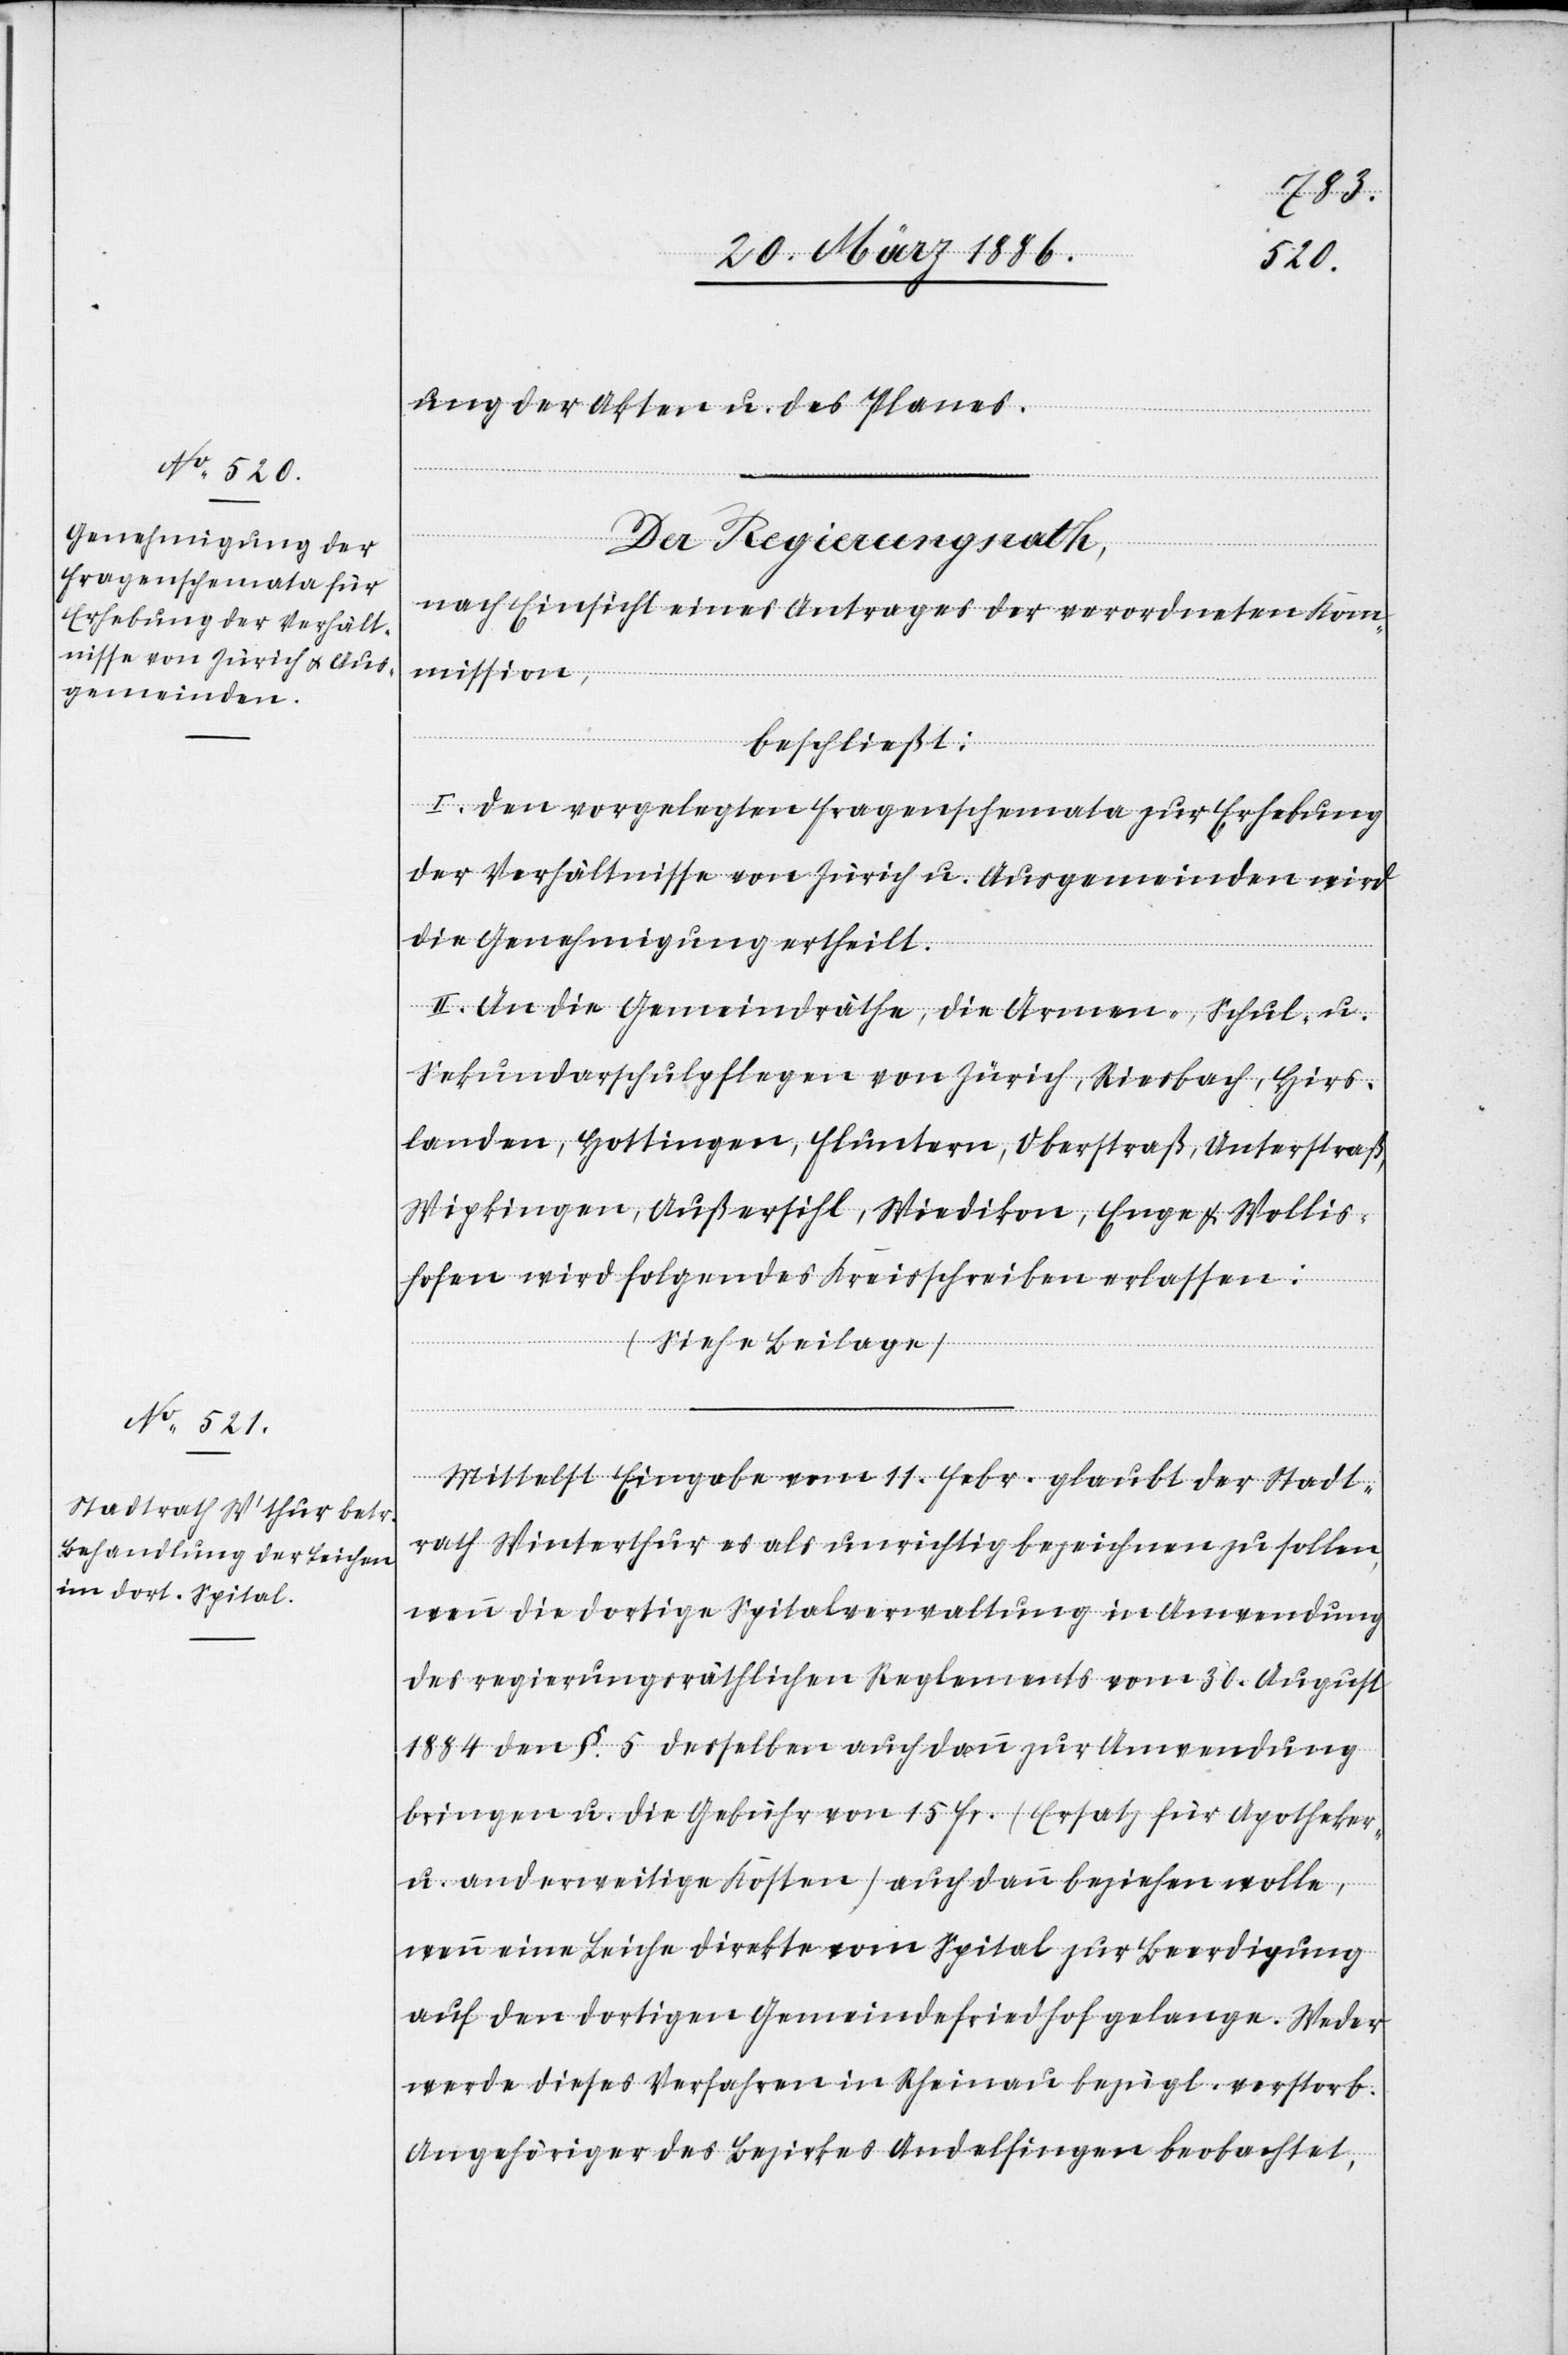
ung der Akten u. des Planes.
Der Regierungsrath,
nach Einsicht eines Antrages der verordneten Kom¬
mission,
beschließt:
I. Den vorgelegten Fragenschemata zur Erhebung
der Verhältnisse von Zürich u. Ausgemeinden wird
die Genehmigung ertheilt.
II. An die Gemeindräthe, die Armen-, Schul- u.
Sekundarschulpflegen von Zürich, Riesbach, Hirs¬
landen, Hottingen, Fluntern, Oberstraß, Unterstraß,
Wipkingen, Außersihl, Wiedikon, Enge & Wollis¬
hofen wird folgendes Kreisschreiben erlassen:
(Siehe Beilage)
Mittelst Eingabe vom 11. Febr. glaubt der Stadt¬
rath Winterthur es als unrichtig bezeichnen zu sollen,
wenn die dortige Spitalverwaltung in Anwendung
des regierungsräthlichen Reglements vom 30. August
1884 den §. 5 desselben auch dann zur Anwendung
bringen u. die Gebühr von 15 Fr. (Ersatz für Apotheker-
u. anderweitige Kosten) auch dann beziehen wolle,
wenn eine Leiche direkte vom Spital zur Beerdigung
auf den dortigen Gemeindefriedhof gelange. Weder
werde dieses Verfahren in Rheinau bezügl. verstorb.
Angehörigen des Bezirkes Andelfingen beobachtet,